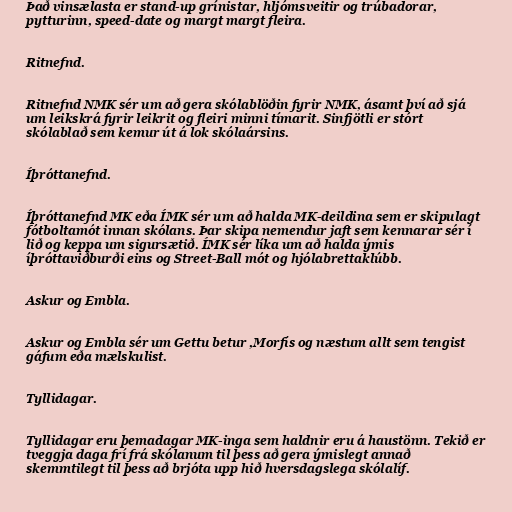
Það vinsælasta er stand-up grínistar, hljómsveitir og trúbadorar,
pytturinn, speed-date og margt margt fleira.

Ritnefnd.

Ritnefnd NMK sér um að gera skólablöðin fyrir NMK, ásamt því að sjá
um leikskrá fyrir leikrit og fleiri minni tímarit. Sinfjötli er stórt
skólablað sem kemur út á lok skólaársins.

Íþróttanefnd.

Íþróttanefnd MK eða ÍMK sér um að halda MK-deildina sem er skipulagt
fótboltamót innan skólans. Þar skipa nemendur jaft sem kennarar sér í
lið og keppa um sigursætið. ÍMK sér líka um að halda ýmis
íþróttaviðburði eins og Street-Ball mót og hjólabrettaklúbb.

Askur og Embla.

Askur og Embla sér um Gettu betur ,Morfís og næstum allt sem tengist
gáfum eða mælskulist.

Tyllidagar.

Tyllidagar eru þemadagar MK-inga sem haldnir eru á haustönn. Tekið er
tveggja daga frí frá skólanum til þess að gera ýmislegt annað
skemmtilegt til þess að brjóta upp hið hversdagslega skólalíf.